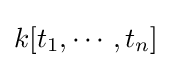
k[t_{1},\cdots ,t_{n}]